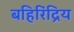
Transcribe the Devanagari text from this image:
बहिरिंद्रिय